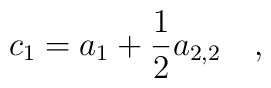
c_1=a_1+\frac 12 a_{2,2}~~~,